Scientific memoirs by medical officers of the Army of India - Part XII,
Year: 1901
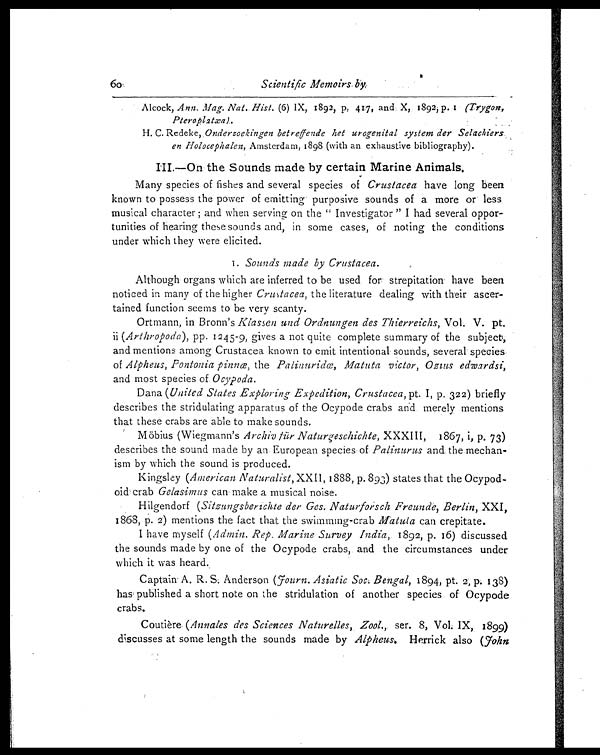
60
Scientific Memoirs by
Alcock, Ann. Mag. Nat. Hist. (6) IX, 1892, p, 417, and X, 1892, p. 1 (Trygon,
Pteroplatæa) .
H. C. Redeke, Onderzoekingen betreffende het urogenital system der Selachiers
en Holocephalen, Amsterdam, 1898 (with an exhaustive bibliography).
I I I . — O n t h e S o u n d s m a d e b y c e r t a i nM
a r i n e A n i m a l s .
Many species of fishes and several species of Crustacea have long been
known to possess the power of emitting purposive sounds of a more or less
musical character ; and when serving on the " Investigator " I had several oppor-
tunities of hearing these sounds and, in some cases, of noting the conditions
under which they were elicited.
1. Sounds made by Crustacea.
Although organs which are inferred to be used for strepitation have been
noticed in many of the higher Crustacea, the literature dealing with their ascer-
tained function seems to be very scanty.
Ortmann, in Bronn's Klassen und Ordnungen des Thierreichs, Vol. V. pt.
ii (Arthropoda ) , pp. 1245-9, gives a not quite complete summary of the subject,
and mentions among Crustacea known to emit intentional sounds, several species
of Alpheus, Pontonia pinnœ, the Palinuridœ, Matuta victor, Ozius edwardsi,
and most species of Ocypoda.
Dana ( United States Exploring Expedition, Crustacea, pt. I, p. 322) briefly
describes the stridulating apparatus of the Ocypode crabs and merely mentions
that these crabs are able to make sounds.
Möbius (Wiegmann's Archiv für Naturgeschichte, XXXIII, 1867, i, p. 73)
describes the sound made by an European species . of Palinurus and the mechan-
ism by which the sound is produced.
Kingsley ( American Naturalist, XXII, 1888, p. 893) states that the Ocypod-
oid crab Gelasimus can make a musical noise.
Hilgendorf ( Sitzungsberichte der Ges. Naturforsch Freunde, Berlin, XXI,
1868, p. 2) mentions the fact that the swimming-crab Matula can crepitate.
I have myself ( Admin. Rep. Marine Survey India, 1892, p. 16) discussed
the sounds made by one of the Ocypode crabs, and the circumstances under
which it was heard.
Captain A. R. S. Anderson (Journ. Asiatic Soc. Bengal, 1894, pt. 2, p. 138)
has published a short note on the stridulation of another species of Ocypode
crabs.
Coutière ( Annales des Sciences Naturelles, Zool., ser. 8, Vol. IX, 1899)
discusses at some length the sounds made by Alpheus. Herrick also ( John